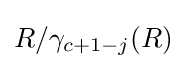
R/\gamma _{c+1-j}(R)